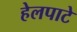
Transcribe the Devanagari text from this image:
हेलपाटे